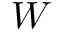
W